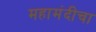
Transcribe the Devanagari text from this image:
महामंदीचा